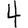
Digit: 4